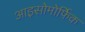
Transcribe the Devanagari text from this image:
आइसोमोर्फिक